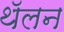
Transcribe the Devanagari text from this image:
थॅलन